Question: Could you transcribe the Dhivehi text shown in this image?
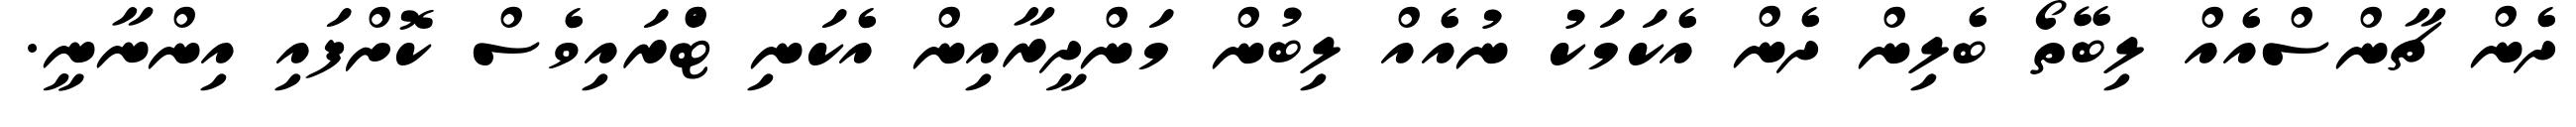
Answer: ދެން ޗާންސްއެއް ލިބޭތޯ ބެލިން ދެން އެކަމަކު ނުއެއް ލިބުން މަންދީރާއިން އެކަނި ޓްެރައިވެސް ކޮށްފައި އިންނާނީ.